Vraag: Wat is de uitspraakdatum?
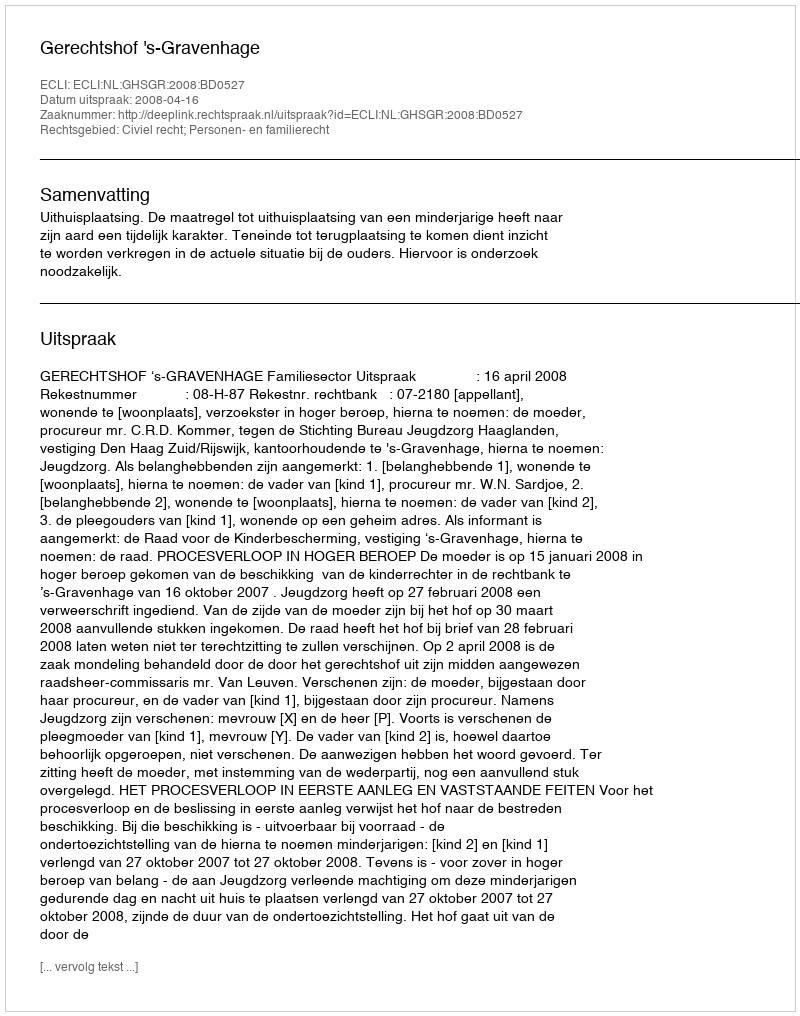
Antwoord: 2008-04-16